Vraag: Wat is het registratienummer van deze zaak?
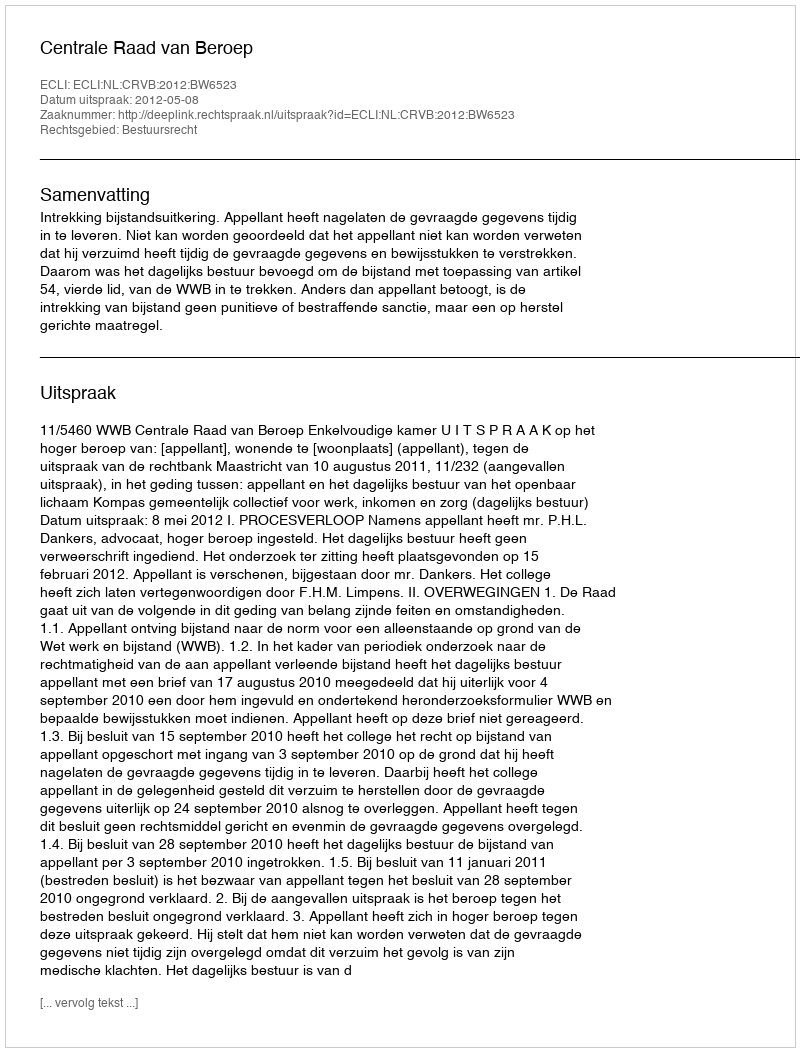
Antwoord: http://deeplink.rechtspraak.nl/uitspraak?id=ECLI:NL:CRVB:2012:BW6523